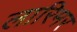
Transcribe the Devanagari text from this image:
लारिमर